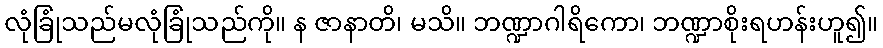
လုံခြုံသည်မလုံခြုံသည်ကို။ န ဇာနာတိ၊ မသိ။ ဘဏ္ဍာဂါရိကော၊ ဘဏ္ဍာစိုးရဟန်းဟူ၍။